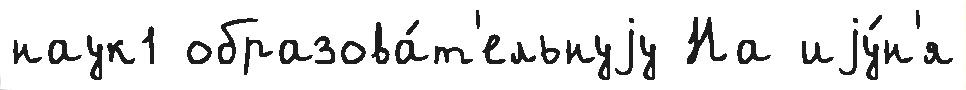
наук1 образова́т'ельнуjу На иjу́н'я